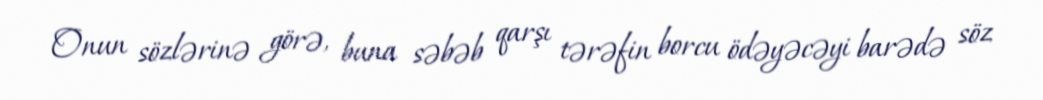
Onun sözlərinə görə, buna səbəb qarşı tərəfin borcu ödəyəcəyi barədə söz